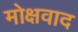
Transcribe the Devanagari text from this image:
मोक्षवाद